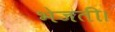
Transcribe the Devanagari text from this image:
भेजती।